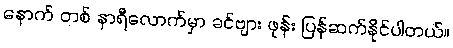
နောက် တစ် နာရီလောက်မှာ ခင်ဗျား ဖုန်း ပြန်ဆက်နိုင်ပါတယ်။